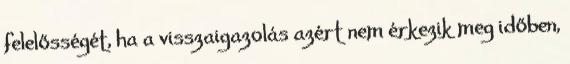
felelősségét, ha a visszaigazolás azért nem érkezik meg időben,